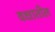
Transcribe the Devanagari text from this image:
वक्षातील